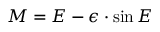
M = E - \epsilon \cdot \sin E